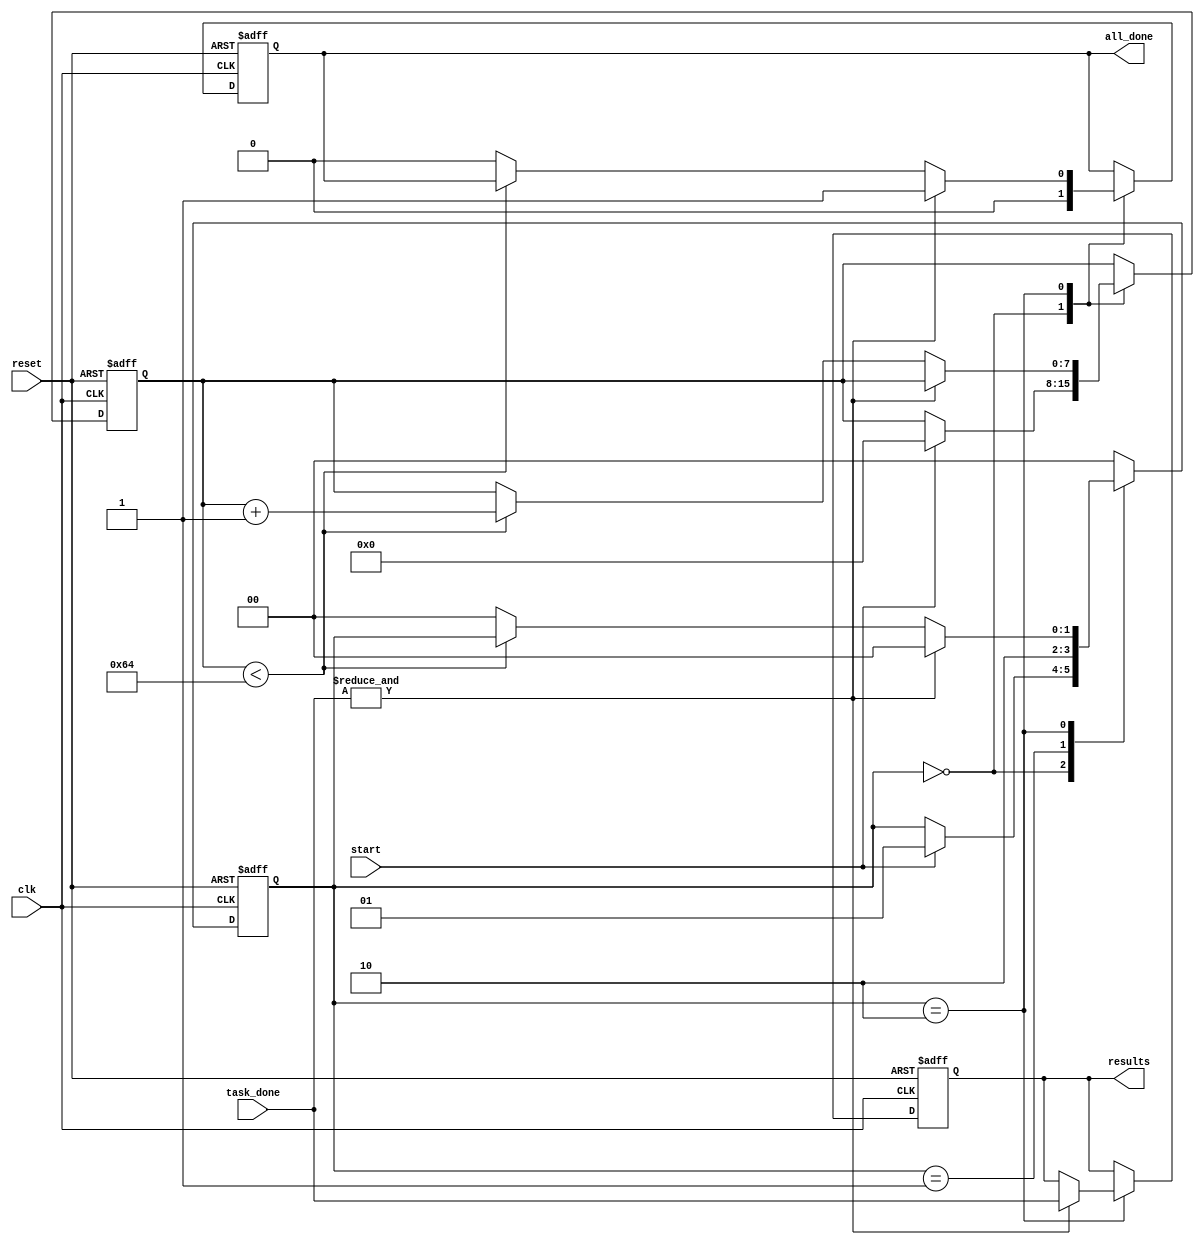
module fork_join_all #(
    parameter N = 4,            // Number of concurrent processes
    parameter TIMEOUT = 100     // Timeout setting (in clock cycles)
)(
    input wire clk,             // Clock signal
    input wire reset,           // Reset signal
    input wire start,           // Trigger signal to initiate the fork operation
    input wire [N-1:0] task_done, // Signals indicating completion of each child process
    output reg all_done,        // Completion signal indicating all processes are finished
    output reg [N-1:0] results  // Placeholder for results from each child process
);

    reg [1:0] state;            // State variable
    reg [N-1:0] process_active; // Active processes tracking
    reg [7:0] timeout_counter;   // Timeout counter

    localparam IDLE = 2'b00,    // Idle state
               FORK = 2'b01,    // Forking state
               JOIN = 2'b10;    // Joining state

    // State machine to manage Fork-Join All functionality
    always @(posedge clk or posedge reset) begin
        if (reset) begin
            state <= IDLE;
            all_done <= 1'b0;
            process_active <= {N{1'b0}};
            timeout_counter <= 8'd0;
            results <= {N{1'b0}};
        end else begin
            case (state)
                IDLE: begin
                    all_done <= 1'b0;
                    if (start) begin
                        // Start forking processes
                        state <= FORK;
                        process_active <= {N{1'b1}}; // Mark all processes as active
                        timeout_counter <= 8'd0; // Reset timeout counter
                    end
                end
                
                FORK: begin
                    // Simulate forking processes (this is where you would initiate actual tasks)
                    // In a real design, you would trigger the child processes here
                    // For this example, we assume they are already running and we move to the JOIN state
                    state <= JOIN;
                end
                
                JOIN: begin
                    // Check if all processes have completed
                    if (&task_done) begin
                        // All processes are done
                        all_done <= 1'b1;
                        results <= task_done; // Capture results (for illustration, use task_done as results)
                        state <= IDLE; // Return to idle state
                    end else if (timeout_counter < TIMEOUT) begin
                        // Increment timeout counter if not all tasks are done
                        timeout_counter <= timeout_counter + 1;
                    end else begin
                        // Handle timeout scenario (reset state or flag error)
                        all_done <= 1'b0; // Indicate that not all tasks completed in time
                        process_active <= {N{1'b0}}; // Reset active processes
                        state <= IDLE; // Return to idle state
                    end
                end
                
                default: state <= IDLE; // Safety default
            endcase
        end
    end

endmodule